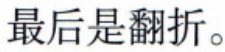
最后是翻折。